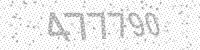
Solution: 477790